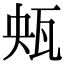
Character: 𤬺